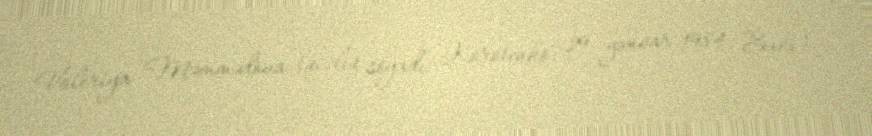
Valeriya Məmmədova (qızlıq soyadı: Korotenko; 29 yanvar 1984, Bakı) —